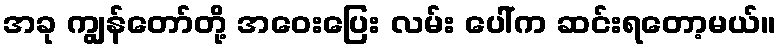
အခု ကျွန်တော်တို့ အဝေးပြေး လမ်း ပေါ်က ဆင်းရတော့မယ်။